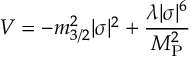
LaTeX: V = - m _ { 3 / 2 } ^ { 2 } | \sigma | ^ { 2 } + \frac { \lambda | \sigma | ^ { 6 } } { M _ { \mathrm { P } } ^ { 2 } }